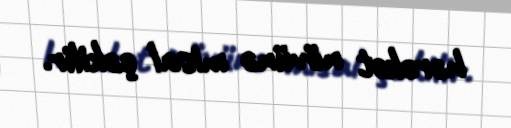
hərəkət növünə misal çəkilir.